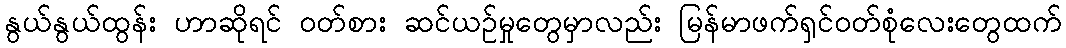
နွယ်နွယ်ထွန်း ဟာဆိုရင် ဝတ်စား ဆင်ယဉ်မှုတွေမှာလည်း မြန်မာဖက်ရှင်ဝတ်စုံလေးတွေထက်